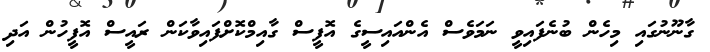
ގާނޫނުގައި މިހެން ބުނެފައިވީ ނަމަވެސް އެންއައިސީގެ އޮފީސް ގާއިމްކޮށްފައިވާކަން ރައީސް އޮފީހުން އަދި